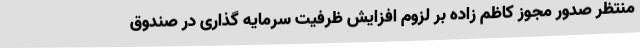
منتظر صدور مجوز کاظم زاده بر لزوم افزایش ظرفیت سرمایه گذاری در صندوق